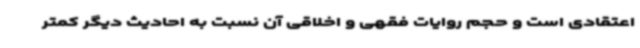
اعتقادی است و حجم روایات فقهی و اخلاقی آن نسبت به احادیث دیگر کمتر